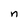
Character: n